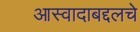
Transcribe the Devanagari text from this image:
आस्वादाबद्दलचे